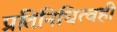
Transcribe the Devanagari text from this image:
प्रतिनिधित्वही